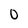
Character: 0